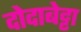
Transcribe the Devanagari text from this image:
दोदाबेट्टा